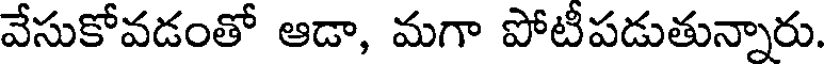
వేసుకోవడంతో ఆడా, మగా పోటీపడుతున్నారు.